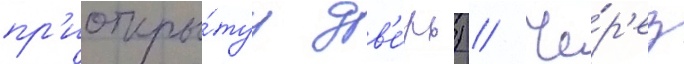
пр'иоткры́туу дв'е́рь) // Че́р'ез